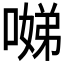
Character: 𱔃